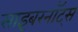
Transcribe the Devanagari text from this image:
साइबरनॉट्स